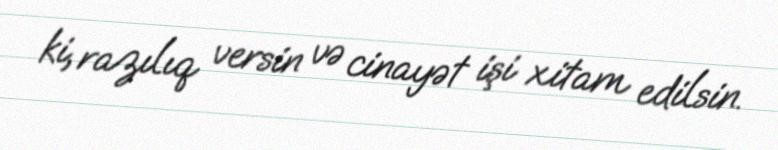
ki, razılıq versin və cinayət işi xitam edilsin.